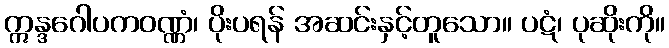
ဣန္ဒဂေါပကဝဏ္ဏံ၊ ပိုးပရန် အဆင်းနှင့်တူသော။ ပဋံ၊ ပုဆိုးကို။